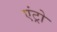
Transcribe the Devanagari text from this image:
एंट्रो